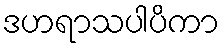
ဒဟရာသပါပိကာ